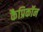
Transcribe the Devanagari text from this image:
कैप्रिकॉन